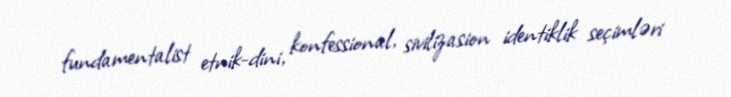
fundamentalist etnik-dini, konfessional, sivilizasion identiklik seçimləri